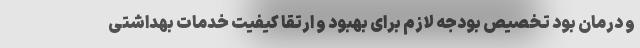
و درمان بود تخصیص بودجه لازم برای بهبود و ارتقا کیفیت خدمات بهداشتی